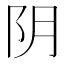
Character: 阴